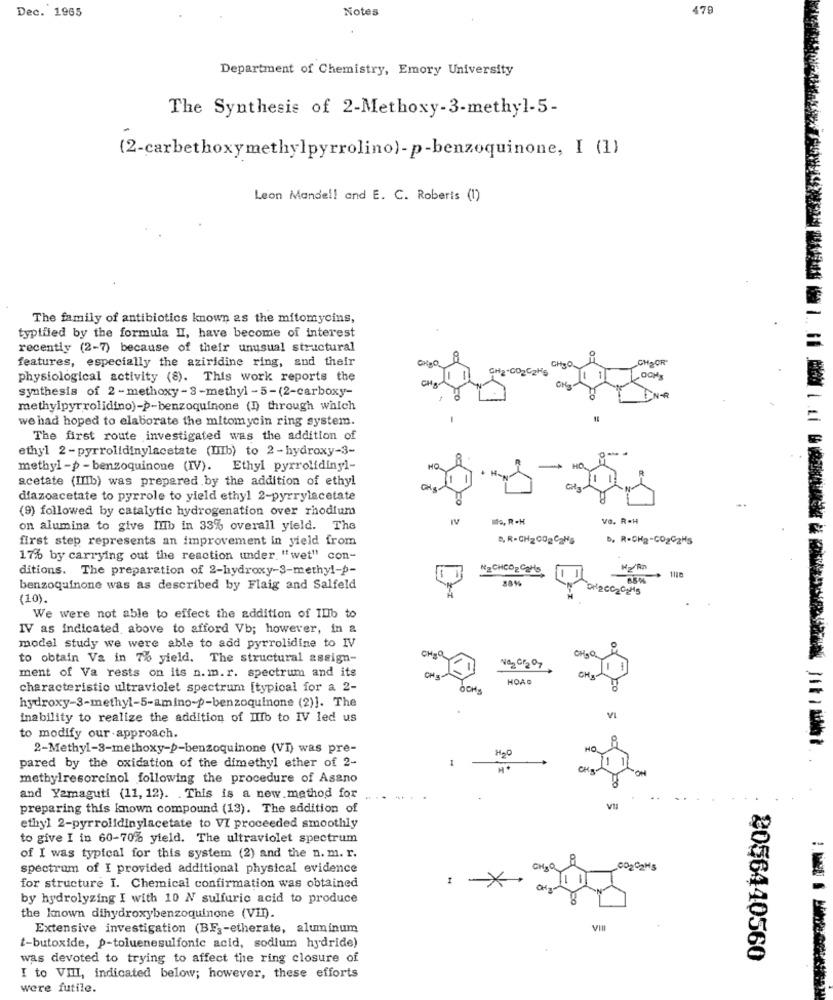
Dec. 1965
Notes
479
Department of Chemistry, Emory University
The Synthesis of 2-Methoxy-3-methyl-5-
(2-carbethoxymethylpyrrolino)-p-benzoquinone, I (1)
Leon Mandel! and E. C. Roberts (1)
The family of antibiotics known as the mitomycins,
typified by the formula II, have become of interest
recently (2-7) because of their unusual structural
features, especially the aziridine ring, and their
CHECR"
CH2"CO2
CHa
physiological activity (8). This work reports the
LOOKS
synthesis of 2 - methoxy- 3-methyl -5-(2-carboxy-
CHad
methylpyrrolidino)->-benzoquinone (!) through which
we had hoped to elaborate the mitomycin ring system.
The first route investigated was the addition of
ethyl 2-pyrrolidinylacetate (IIIb) to 2-hydroxy-3-
methyl -p - benzoquinone (IV). Ethyl pyrrolidinyl-
NO.
acetate (IIIb) was prepared by the addition of ethyl
diazoacetate to pyrrole to yield ethyl 2-pyrrylacetate
(9) followed by catalytic hydrogenation over rhodium
Ita, R -H
Va. R.H
on alumina to give InIb in 33% overall yield. The
first step represents an improvement in yield from
B. R-CH2CO2C2Hs
b. R-CH2-CO202Hs
17% by carrying out the reaction under. "wet" con-
ditions. The preparation of 2-hydroxy-3-methyl-p-
NE CHCO2 Cars
-
benzoquinone was as described by Flaig and Salfeld
Driecc2 Cd's
(10).
We were not able to effect the addition of ILIb to
IV as indicated above to afford Vb; however, in a
model study we were able to add pyrrolidine to IV
to obtain Va in 7% yield. The structural assign-
CH-Q
OH,O
Ne Cr207
ment of Va rests on its n. m.r. spectrum and its
CHE
HOAD
CH
characteristic ultraviolet spectrum [typical for a 2-
OCHE
hydroxy-3-methyl-5-amino-p-benzoquinone (2)]. The
inability to realize the addition of Ilib to IV led us
to modify our approach.
2-Methyl-3-methoxy-p-benzoquinone (VI) was pre-
HO
pared by the oxidation of the dimethyl ether of 2-
methylresorcinol following the procedure of Asano
and Yamaguti (11, 12). . This is a new method for
preparing this known compound (13). The addition of
ethyl 2-pyrrolidinylacetate to VI proceeded smoothly
to give I in 60-70% yield. The ultraviolet spectrum
of I was typical for this system (2) and the n. m. r.
spectrum of I provided additional physical evidence
CH.O.
CORDOHS
for structure I. Chemical confirmation was obtained
by hydrolyzing I with 10 N sulfuric acid to produce
the known dihydroxybenzoquinone (VII).
Extensive investigation (BF3-etherate, aluminum
VIII
t-butoxide, p-toluenesulfonic acid, sodium hydride)
was devoted to trying to affect the ring closure of
8056440560
I to VIII, indicated below; however, these efforts
were futile.